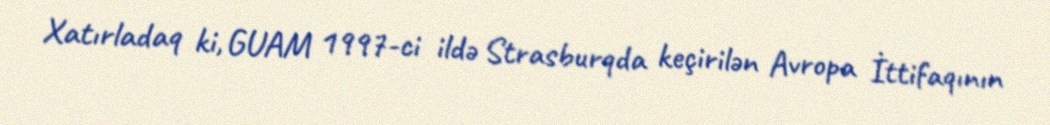
Xatırladaq ki, GUAM 1997-ci ildə Strasburqda keçirilən Avropa İttifaqının